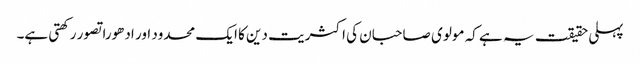
پہلی حقیقت یہ ہے کہ مولوی صاحبان کی اکثریت دین کا ایک محدود اور ادھورا تصور رکھتی ہے۔